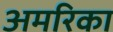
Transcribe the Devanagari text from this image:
अमरिका